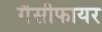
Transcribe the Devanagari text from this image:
गैसीफायर